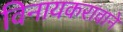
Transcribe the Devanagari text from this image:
विनायकरावाने